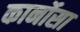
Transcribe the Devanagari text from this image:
कार्नोसा